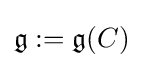
{\mathfrak {g}}:={\mathfrak {g}}(C)